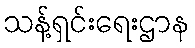
သန့်ရှင်းရေးဌာန